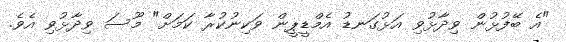
"އެ ބޭފުޅުން ވިދާޅުވި އަޅުގަނޑު އެމްޑީޕީން ވަކިނުކުރާ ކަމަށް" މޫސަ ވިދާޅުވި އެވެ.